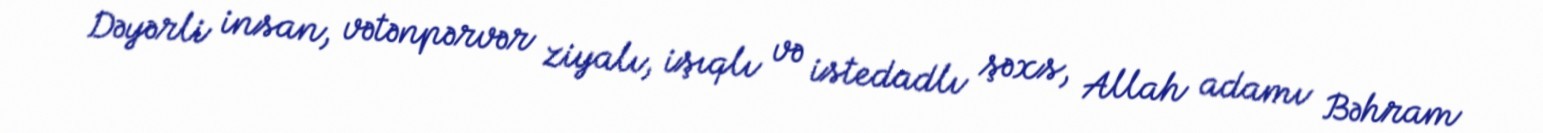
Dəyərli insan, vətənpərvər ziyalı, işıqlı və istedadlı şəxs, Allah adamı Bəhram